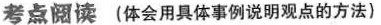
考点阅读(体会用具体事例说明观点的方法)